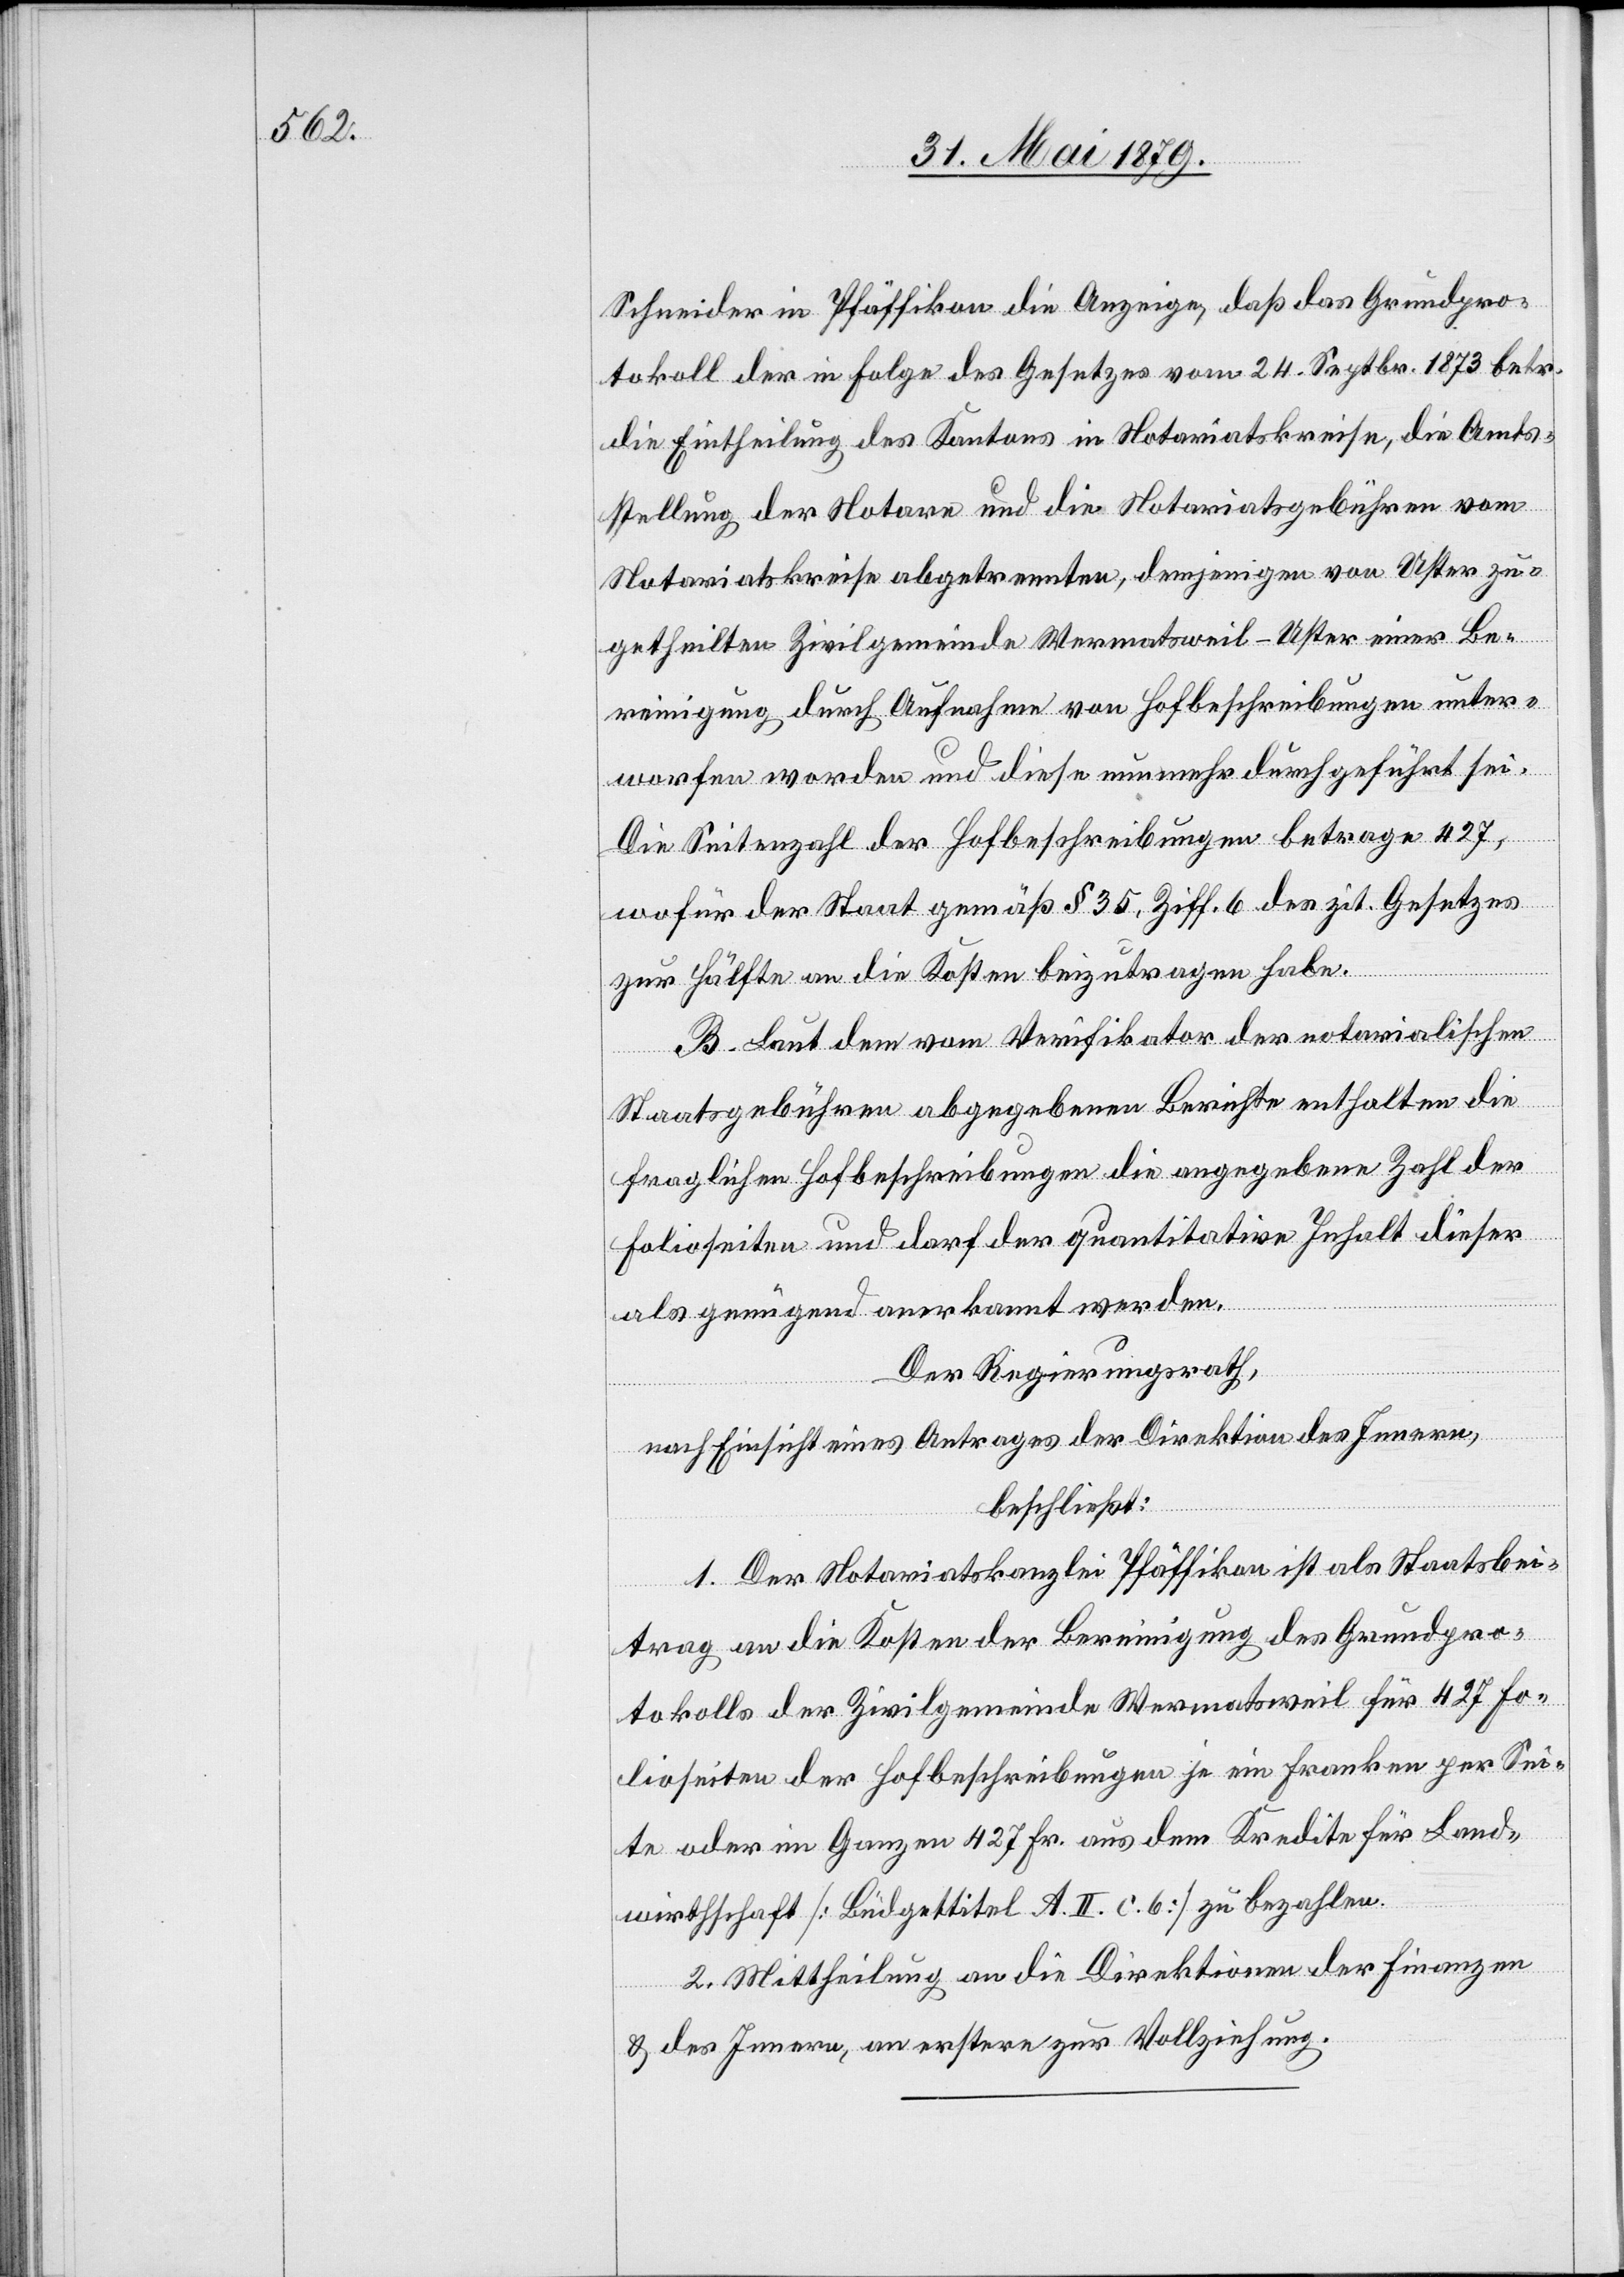
Schneider in Pfäffikon die Anzeige, daß das Grundpro¬
tokoll der in Folge des Gesetzes vom 24. Septbr. 1873 betr.
die Eintheilung des Kantons in Notariatskreise, die Amts¬
stellung der Notare und die Notariatsgebühren vom
Notariatskreise abgetrennten, demjenigen von Uster zu¬
getheilten Zivilgemeinde Wermatsweil - Uster einer Be¬
reinigung durch Aufnahme von Hofbeschreibungen unter¬
worfen worden und diese nunmehr durchgeführt sei.
Die Seitenzahl der Hofbeschreibungen betrage 427,
wofür der Staat gemäß § 35, Ziff. 6 des zit. Gesetzes
zur Hälfte an die Kosten beizutragen habe.
B. Laut dem vom Verifikator der notarialischen
Staatsgebühren abgegebenen Berichte enthalten die
fraglichen Hofbeschreibungen die angegebene Zahl der
Folioseiten und darf der quantitative Inhalt dieser
als genügend anerkannt werden.
Der Regierungsrath,
nach Einsicht eines Antrages der Direktion des Innern,
beschließt:
1. Der Notariatskanzlei bei Pfäffikon ist als Staatsbei¬
trag an die Kosten der Bereinigung des Grundpro¬
tokolls der Zivilgemeinde Wermatsweil für 427 Fo¬
lioseiten der Hofbeschreibungen je ein Franken per Sei¬
te oder im Ganzen 427 Fr. aus dem Kredite für Land¬
wirthschaft [Büdgettitel A. II. c. 6] zu bezahlen.
2. Mittheilung an die Direktionen der Finanzen
& des Innern, an erstere zur Vollziehung.